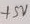
Text: +5V